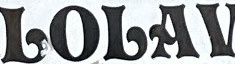
LOLAV